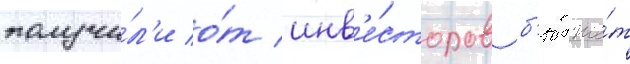
получи́л'и о́т инв'е́сторов б'юдже́т